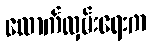
ထောက်လှမ်းရေးက